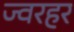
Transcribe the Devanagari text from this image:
ज्वरहर